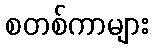
စတစ်ကာများ